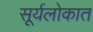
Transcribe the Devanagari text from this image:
सूर्यलोकात